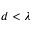
d < \lambda